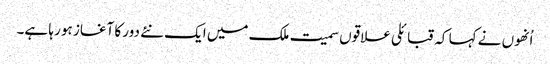
اُنھوں نے کہا کہ قبائلی علاقوں سمیت ملک میں ایک نئے دور کا آغاز ہو رہا ہے۔